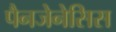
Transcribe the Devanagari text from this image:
पैनजेनेसिस